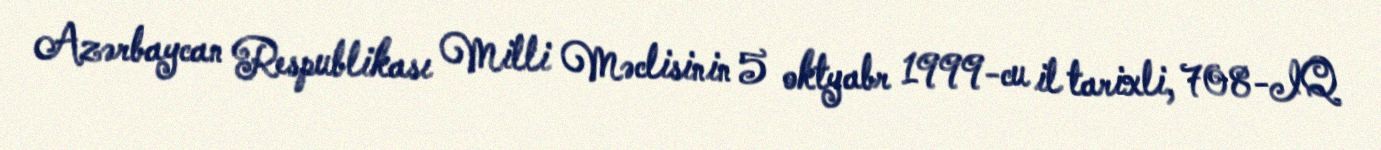
Azərbaycan Respublikası Milli Məclisinin 5 oktyabr 1999-cu il tarixli, 708-IQ